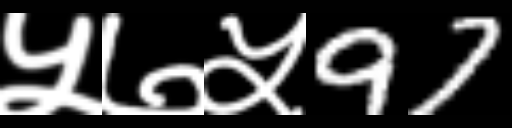
Text: ५७५97